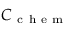
C _ { \mathrm { ~ c ~ h ~ e ~ m ~ } }